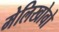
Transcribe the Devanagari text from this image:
मेलिखोवो